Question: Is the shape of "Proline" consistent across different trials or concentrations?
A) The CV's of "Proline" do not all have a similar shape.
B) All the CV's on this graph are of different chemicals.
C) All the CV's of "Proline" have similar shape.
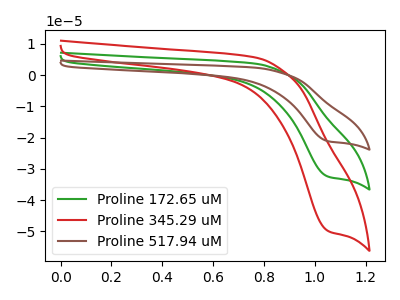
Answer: <think>The green curve "Proline 172.65 uM" has a cathodic peak at: (1.05V, -32.55uA). The red curve "Proline 345.29 uM" has a cathodic peak at: (1.05V, -50.00uA). The brown curve "Proline 517.94 uM" has a cathodic peak at: (1.05V, -65.10uA).
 All the peaks in "Proline 172.65 uM" have a peak in "Proline 345.29 uM" at the same potential. Every peak in "Proline 172.65 uM" is lower than every peak in "Proline 345.29 uM". All the peaks in "Proline 172.65 uM" have a peak in "Proline 517.94 uM" at the same potential. Every peak in "Proline 172.65 uM" is lower than every peak in "Proline 517.94 uM". All the peaks in "Proline 345.29 uM" have a peak in "Proline 517.94 uM" at the same potential. Every peak in "Proline 345.29 uM" is lower than every peak in "Proline 517.94 uM".</think>
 <answer>C) All the CV's of "Proline" have similar shape.</answer>
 <eval>C</eval>